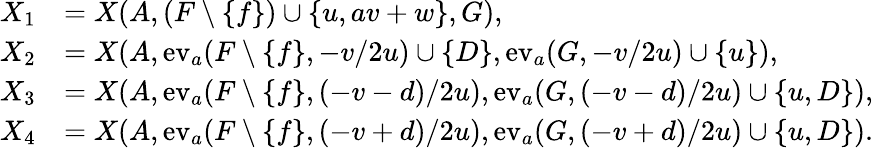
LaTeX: \begin{array}{rl}{X_{1}}&{=X(A,(F\setminus\{ f\} )\cup\{ u,av+w\} ,G),}\\ {X_{2}}&{=X(A,\mathrm{ev}_{a}(F\setminus\{ f\} ,-v/2u)\cup\{ D\} ,\mathrm{ev}_{a}(G,-v/2u)\cup\{ u\} ),}\\ {X_{3}}&{=X(A,\mathrm{ev}_{a}(F\setminus\{ f\} ,(-v-d)/2u),\mathrm{ev}_{a}(G,(-v-d)/2u)\cup\{ u,D\} ),}\\ {X_{4}}&{=X(A,\mathrm{ev}_{a}(F\setminus\{ f\} ,(-v+d)/2u),\mathrm{ev}_{a}(G,(-v+d)/2u)\cup\{ u,D\} ).}\end{array}